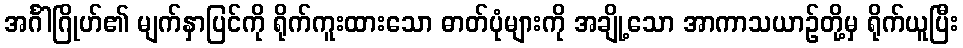
အင်္ဂါဂြိုဟ်၏ မျက်နှာပြင်ကို ရိုက်ကူးထားသော ဓာတ်ပုံများကို အချို့သော အာကာသယာဉ်တို့မှ ရိုက်ယူပြီး